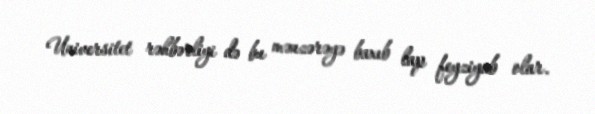
Universitet rəhbərliyi də bu mənzərəyə baxıb lap feyziyab olar.